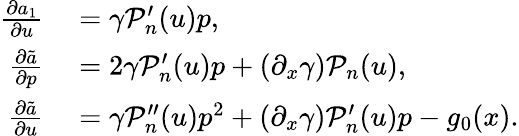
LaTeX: \begin{array}{rl}{\frac{\partial a_{1}}{\partial u}}&{{}=\gamma\mathcal{P}_{n}^{\prime}(u)p,}\\ {\frac{\partial\tilde{a}}{\partial p}}&{{}=2\gamma\mathcal{P}_{n}^{\prime}(u)p+\left(\partial_{x}\gamma\right)\mathcal{P}_{n}(u),}\\ {\frac{\partial\tilde{a}}{\partial u}}&{{}=\gamma\mathcal{P}_{n}^{\prime\prime}(u)p^{2}+\left(\partial_{x}\gamma\right)\mathcal{P}_{n}^{\prime}(u)p-g_{0}(x).}\end{array}